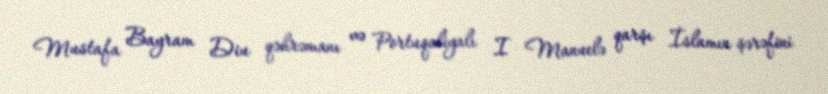
Mustafa Bayram Diu qəhrəmanı və Portuqaliyalı I Manuelə qarşı İslamın şərəfini